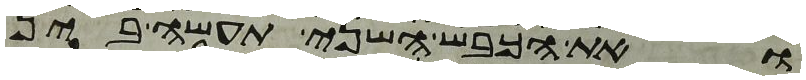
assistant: ואת הכבש השני תעשה בין